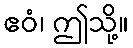
ဧဝံ၊ ဤသို့။